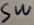
Text: SW